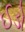
ઈડો